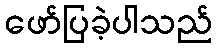
ဖော်ပြခဲ့ပါသည်